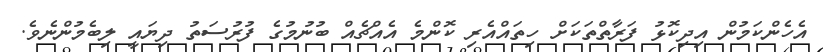
އެހެންކަމުން އިދިކޮޅު ފަރާތްތަކަށް ހިތައްއެރި ކޮންމެ އެއްޗެއް ބުނުމުގެ ފުރުސަތު ދިޔައީ ލިބެމުންނެވެ.